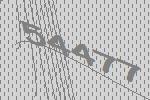
54477